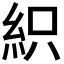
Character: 𥿗